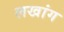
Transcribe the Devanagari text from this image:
लखांग